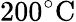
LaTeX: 200^{\circ}\mathrm{C}